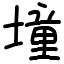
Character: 墥